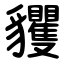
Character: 貜